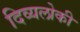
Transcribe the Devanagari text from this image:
दिव्यलोकी